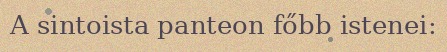
A sintoista panteon főbb istenei: